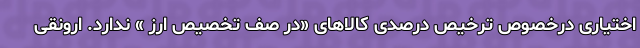
اختیاری درخصوص ترخیص درصدی کالاهای «در صف تخصیص ارز » ندارد. ارونقی